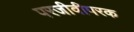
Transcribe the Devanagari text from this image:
परजीवीपरक